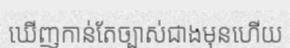
ឃើញកាន់តែច្បាស់ជាងមុនហើយ